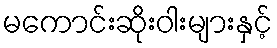
မကောင်းဆိုးဝါးများနှင့်